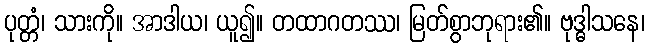
ပုတ္တံ၊ သားကို။ အာဒါယ၊ ယူ၍။ တထာဂတဿ၊ မြတ်စွာဘုရား၏။ ဗုဒ္ဓါသနေ၊